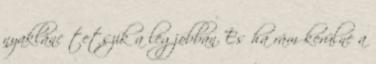
nyaklánc tetszik a legjobban. És ha rám kerülne a